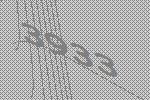
3933